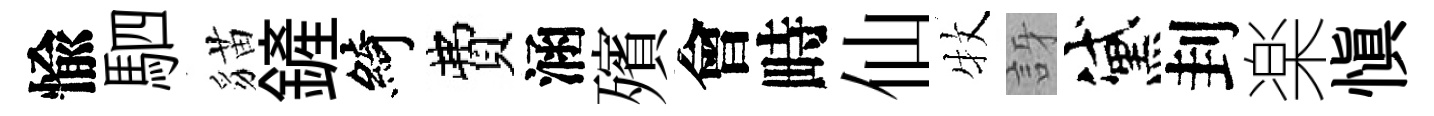
愉駟貓鏟綺費涵殯會畤仙牧訝黛刲楽愼